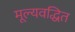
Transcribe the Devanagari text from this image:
मूल्यवद्धित